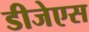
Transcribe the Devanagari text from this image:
डीजेएस